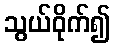
သွယ်ဝိုက်၍